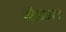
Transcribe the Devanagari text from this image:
बेडमा